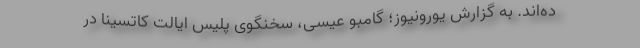
ده‌اند. به گزارش یورونیوز؛ گامبو عیسی، سخنگوی پلیس ایالت کاتسینا در